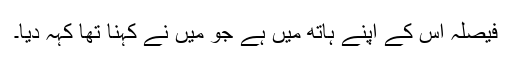
فیصلہ اس کے اپنے ہاتھ میں ہے جو میں نے کہنا تھا کہہ دیا۔